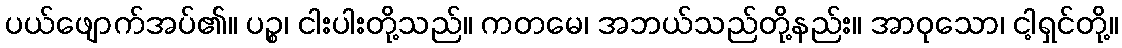
ပယ်ဖျောက်အပ်၏။ ပဉ္စ၊ ငါးပါးတို့သည်။ ကတမေ၊ အဘယ်သည်တို့နည်း။ အာဝုသော၊ ငါ့ရှင်တို့။